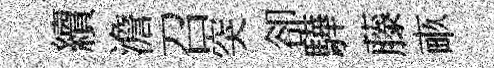
續澹召突卻驊藤畞